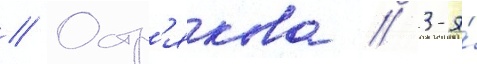
// Остр'якова // 3-я́